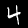
Digit: 4